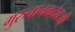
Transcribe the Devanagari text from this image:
गुरुनानकदेवजी